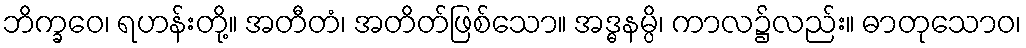
ဘိက္ခဝေ၊ ရဟန်းတို့။ အတီတံ၊ အတိတ်ဖြစ်သော။ အဒ္ဓနမ္ပိ၊ ကာလ၌လည်း။ ဓာတုသောဝ၊